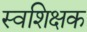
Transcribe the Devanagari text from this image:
स्वशिक्षक